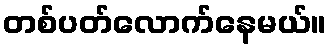
တစ်ပတ်လောက်နေမယ်။